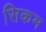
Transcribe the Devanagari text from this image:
सिकम